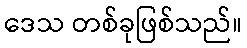
ဒေသ တစ်ခုဖြစ်သည်။